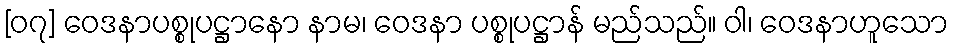
[၀၇] ဝေဒနာပစ္စုပဋ္ဌာနော နာမ၊ ဝေဒနာ ပစ္စုပဋ္ဌာန် မည်သည်။ ဝါ၊ ဝေဒနာဟူသော